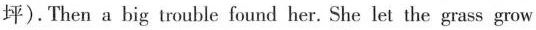
坪). Then a big trouble found her. She let the grass grow